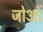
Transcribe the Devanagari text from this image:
जोओं